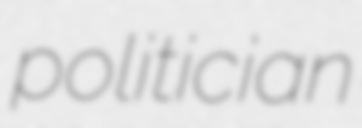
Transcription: politician